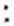
: